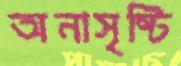
অনাসৃষ্টি